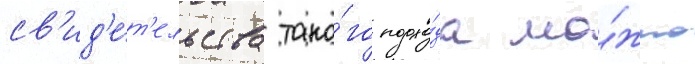
св'ид'е́т'ельства тако́го подхо́да мо́жно